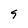
Character: 5